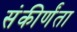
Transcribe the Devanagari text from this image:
संकीर्णंता